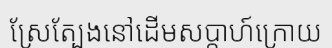
ស្រែត្បែងនៅដើមសប្តាហ៍ក្រោយ